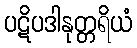
ပဋိပဒါနုတ္တရိယံ